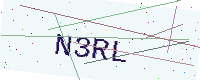
Text: N3RL